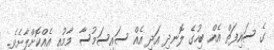
ގެ ސައިފަތް އެއް ބިހުގެ ލޮނދި އަދި އެއް ސައިސަމުސާ މާމުއި އެއްކޮށްލާށެވެ.